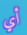
أي